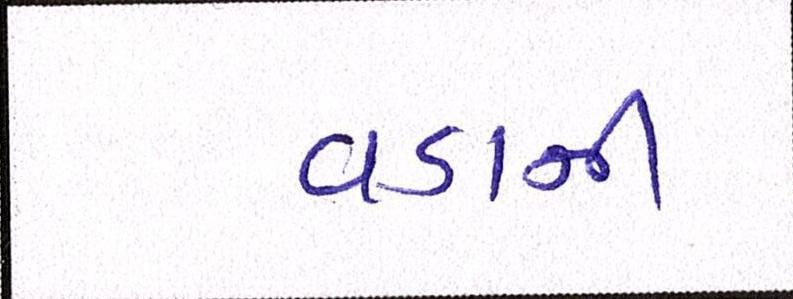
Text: વડાની